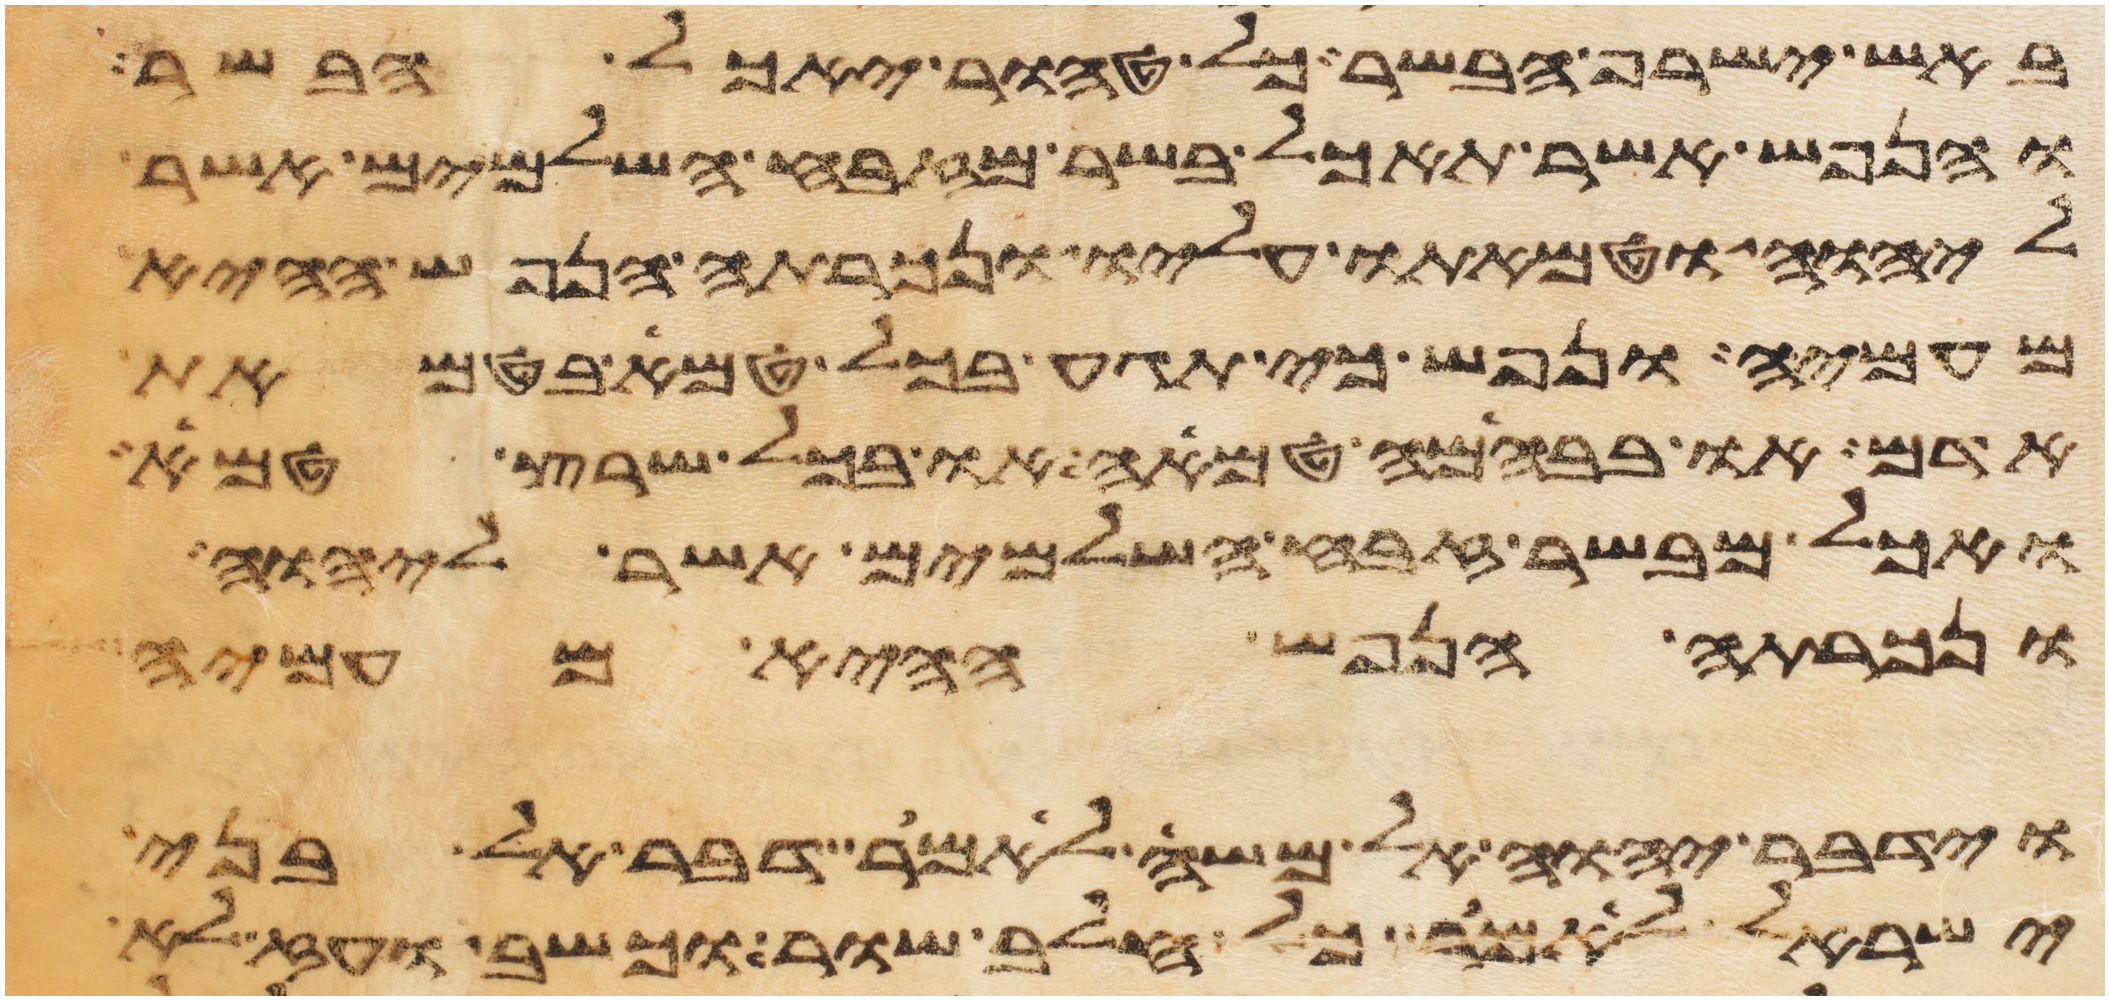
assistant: באש ישרף הבשר כל טהור יאכל בשר
והנפש אשר תאכל בשר מזבח השלמים אשר
ליהוה וטמאתו עליו ונכרתה הנפש ההיא
מעמיה ונפש כי תגע בכל טמא בטמאת
אדם או בבהמה טמאה או בכל שרץ טמא
ואכל מבשר זבח השלמים אשר ליהוה
ונכרתה הנפש ההיא מעמיה
וידבר יהוה אל משה לאמר דבר אל בני
ישראל לאמר כל חלב שור וכשב ועז לא